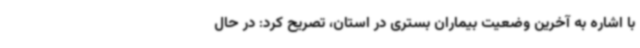
با اشاره به آخرین وضعیت بیماران بستری در استان، تصریح کرد: در حال